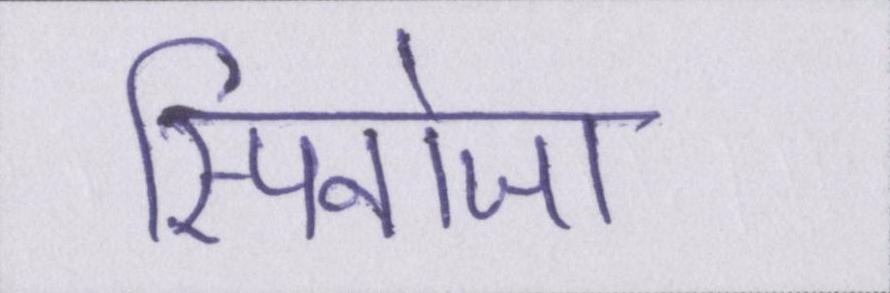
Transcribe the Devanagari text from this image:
स्पिनोजा